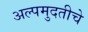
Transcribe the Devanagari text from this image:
अल्पमुदतीचे